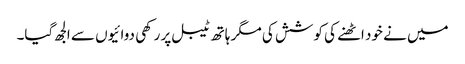
میں نے خود اٹھنے کی کوشش کی مگر ہاتھ ٹیبل پر رکھی دوائیوں سے الجھ گیا۔